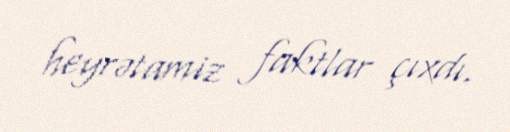
heyrətamiz faktlar çıxdı.